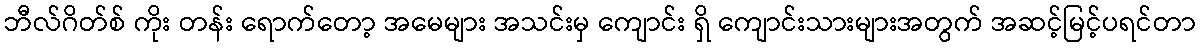
ဘီလ်ဂိတ်စ် ကိုး တန်း ရောက်တော့ အမေများ အသင်းမှ ကျောင်း ရှိ ကျောင်းသားများအတွက် အဆင့်မြင့်ပရင်တာ